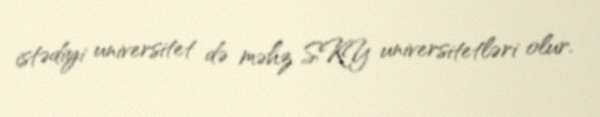
istədiyi universitet də məhz SKY universitetləri olur.